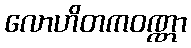
လောဟိတကဝဏ္ဏာ